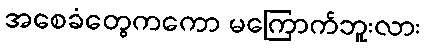
အစေခံတွေကကော မကြောက်ဘူးလား